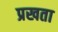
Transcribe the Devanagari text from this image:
प्रखता